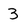
Character: 3